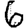
Digit: 6